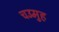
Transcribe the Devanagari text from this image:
चउमुह